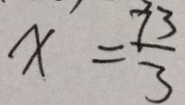
x = \frac { 7 3 } { 3 }